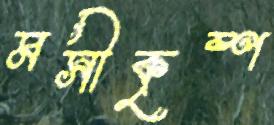
মসীকৃষ্ণ